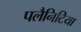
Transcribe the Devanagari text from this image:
पलैनिटिया